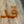
قد